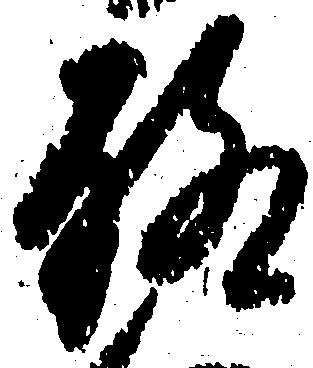
聊